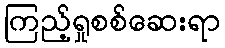
ကြည့်ရှုစစ်ဆေးရာ